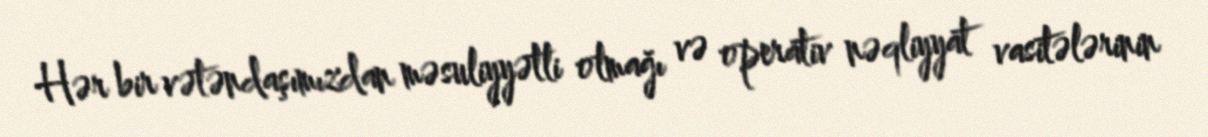
Hər bir vətəndaşımızdan məsuliyyətli olmağı və operativ nəqliyyat vasitələrinin